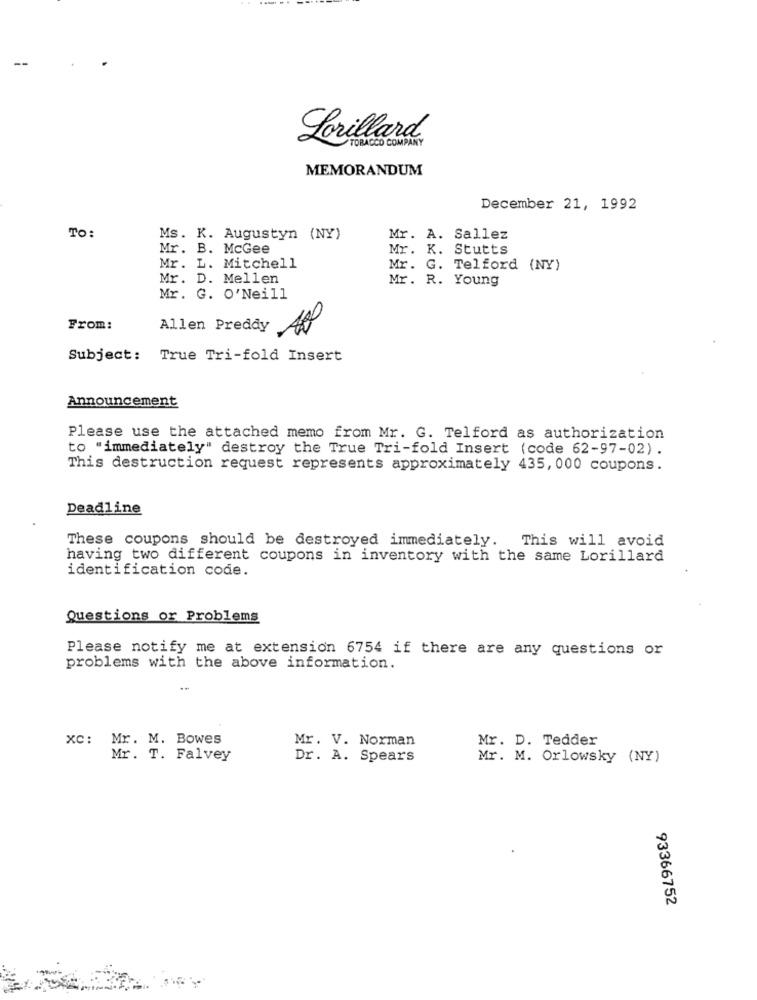
Lorillard
TOBACCO COMPANY
MEMORANDUM
December 21, 1992
TO:
Ms. K. Augustyn (NY)
Mr. A. Sallez
Mr. B. McGee
Mr. K. Stutts
Mr. L. Mitchell
Mr. G. Telford (NY)
Mr. D. Mellen
Mr. R. Young
Mr. G. O'Neill
From:
Allen Preddy
Subject: True Tri-fold Insert
Announcement
Please use the attached memo from Mr. G. Telford as authorization
to "immediately" destroy the True Tri-fold Insert (code 62-97-02) .
This destruction request represents approximately 435, 000 coupons.
Deadline
These coupons should be destroyed immediately. This will avoid
having two different coupons in inventory with the same Lorillard
identification code.
Questions or Problems
Please notify me at extension 6754 if there are any questions or
problems with the above information.
XC: Mr. M. Bowes
Mr. V. Norman
Mr. D. Tedder
Mr. T. Falvey
Dr. A. Spears
Mr. M. Orlowsky (NY)
93366752